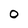
Character: 0